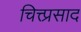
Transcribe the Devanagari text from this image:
चित्त्प्रसाद